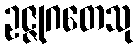
ဥဇ္ဇုဂတေသု